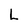
Character: L